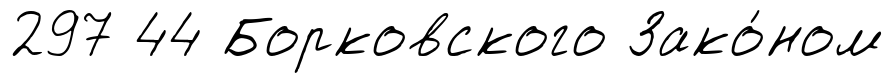
297 44 Борковского Зако́ном